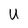
Character: U